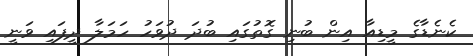
ކެނެޑާގެ މީޑިއާ އިން ބުނި ގޮތުގައި ބުދަ ދުވަހު ހަމަލާ ދީފައި ވަނީ